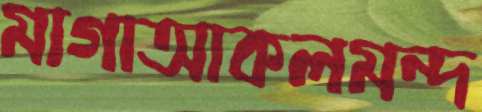
মাগাআকলমন্দ